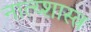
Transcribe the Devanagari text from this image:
नात्य्शास्त्र